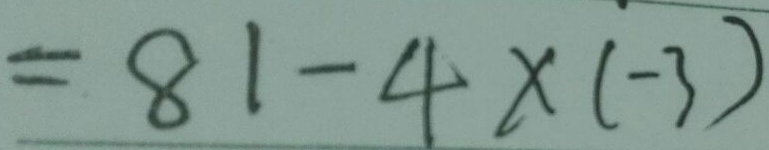
= 8 1 - 4 \times ( - 3 )